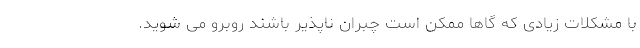
با مشکلات زیادی که گاها ممکن است چبران ناپذیر باشند روبرو می­ شوید.